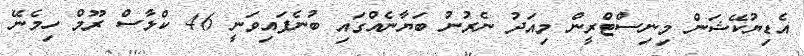
އެޑިޔުކޭޝަން މިނިސްޓްރީން މިއަދު ނެރުނު ބަޔާނެއްގައި ބުނެފައިވަނީ 46 ކްލާސް ރޫމް ހިމެނޭ